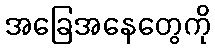
အခြေအနေတွေကို